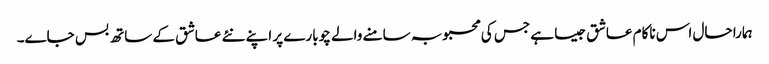
ہمارا حال اس ناکام عاشق جیسا ہے جس کی محبوبہ سامنے والے چوبارے پر اپنے نئے عاشق کے ساتھ بس جاے۔